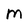
Character: M